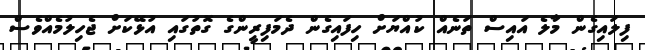
ފިލައިގެން މާލެ އައިސް ތަނެއް ކުއްޔަށް ހިފައިގެން ދެމަފިރީންގެ ގޮތުގައި އުޅޭކަށް ޖެހިލުމެއްވެސް